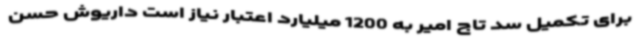
برای تکمیل سد تاج امیر به 1200 میلیارد اعتبار نیاز است داریوش حسن